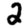
Digit: 2